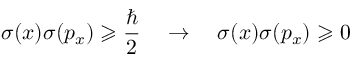
\sigma ( x ) \sigma ( p _ { x } ) \geqslant { \frac { \hbar } { 2 } } \quad \rightarrow \quad \sigma ( x ) \sigma ( p _ { x } ) \geqslant 0 \,